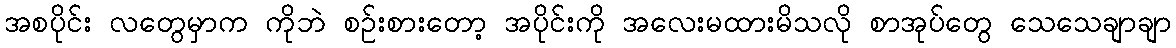
အစပိုင်း လတွေမှာက ကိုဘဲ စဉ်းစားတော့ အပိုင်းကို အလေးမထားမိသလို စာအုပ်တွေ သေသေချာချာ